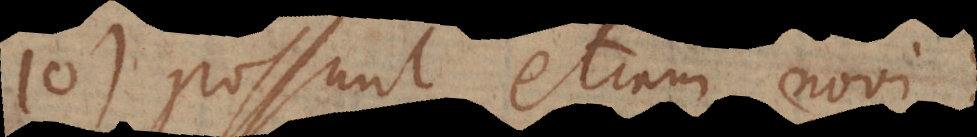
110) Possunt etiam novi